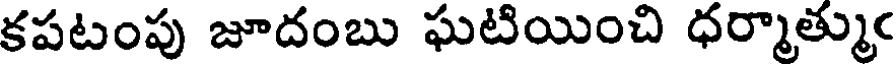
కపటంపు జూదంబు ఘటియించి ధర్మాత్ముం